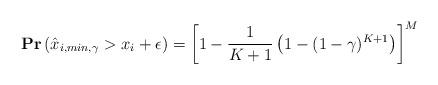
LaTeX: \begin{align*}&\mathbf{Pr}\left(\hat{x}_{i,min,\gamma}> x_i + \epsilon\right)=\left[1-\frac{1}{K+1}\left(1-(1-\gamma)^{K+1}\right)\right]^M\end{align*}